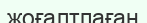
жоғалтпаған